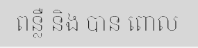
ពន្លឺ និង បាន ពោល